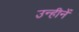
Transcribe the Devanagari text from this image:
उन्हीनें